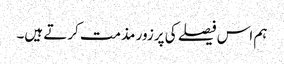
ہم اس فیصلے کی پرزور مذمت کرتے ہیں۔